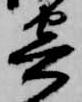
寄